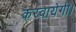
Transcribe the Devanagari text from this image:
करवायेगी।